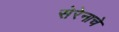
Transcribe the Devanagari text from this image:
सेरेनाचे